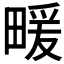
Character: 𤲫